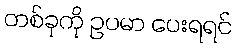
တစ်ခုကို ဥပမာ ပေးရရင်